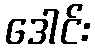
ဒေါင်း